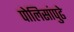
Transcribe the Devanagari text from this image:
पोलिसांपुढे